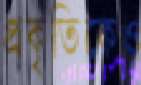
প্রকৃতিকেও